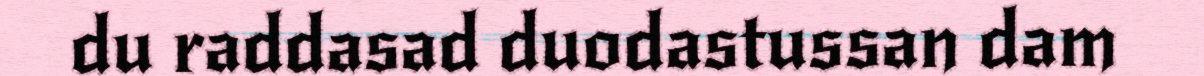
du raddasad duodastussan dam